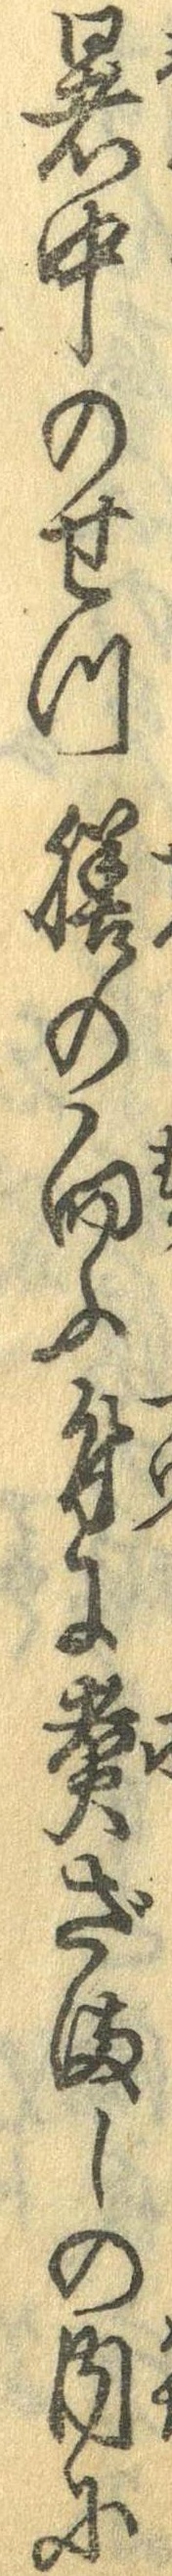
暑中のせつ膳の向ふ付に煮ざましの内に